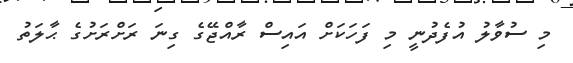
މި ސުވާލު އުފެދުނީ މި ފަހަކަށް އައިސް ރާއްޖޭގެ ގިނަ ރަށްރަށުގެ ޙާލަތު